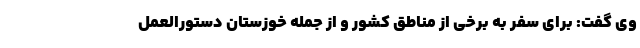
وی گفت: برای سفر به برخی از مناطق کشور و از جمله خوزستان دستورالعمل